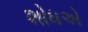
શોધએ